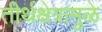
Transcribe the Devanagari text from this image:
तीर्थक्षेत्रामुळे